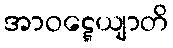
အာဝဋ္ဋေယျာတိ